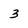
Character: 3